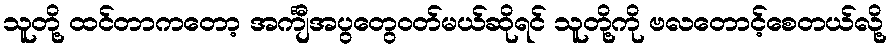
သူတို့ ထင်တာကတော့ အင်္ကျီအပွတွေဝတ်မယ်ဆိုရင် သူတို့ကို ဗလတောင့်စေတယ်လို့